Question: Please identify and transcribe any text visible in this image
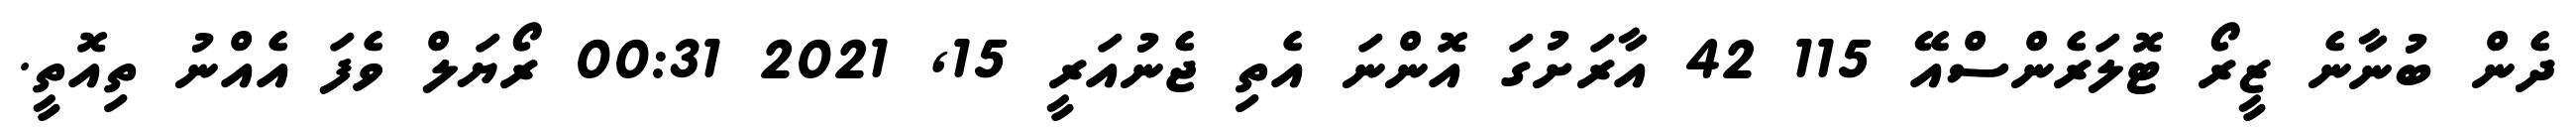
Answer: ދެން ބުނާނެ ޒީރޯ ޓޮލަރެންސްއޭ 115 42 އާރަށުގަ އޮންނަ އެތި ޖެނުއަރީ 15, 2021 00:31 ރޯޔަލް ވެފަ އެއްނު ތިއޮތީ.